Civil Veterinary Department Bengal reports 1933-51 - 1933-1951
Year: 1933
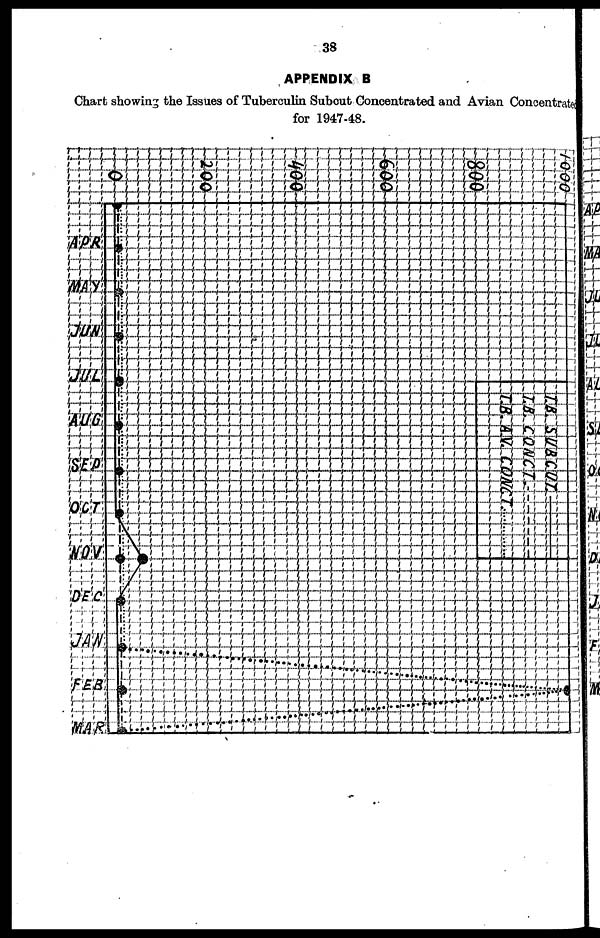
38
APPENDIX B
Chart showing the Issues of Tuberculin Subcut Concentrated and Avian Concentrated
for 1947-48.